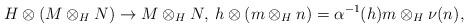
LaTeX: \begin{align*}H\otimes(M\otimes_H N)\to M\otimes_H N,\: h\otimes(m\otimes_H n)=\alpha^{-1}(h)m\otimes_H \nu(n), \end{align*}